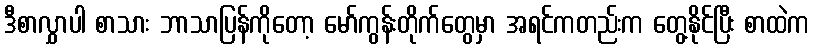
ဒီစာလွှာပါ စာသား ဘာသာပြန်ကိုတော့ မော်ကွန်းတိုက်တွေမှာ အရင်ကတည်းက တွေ့နိုင်ပြီး စာထဲက